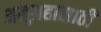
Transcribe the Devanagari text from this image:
अनुग्रहासाठी